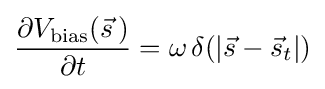
{\frac {\partial V_{\text{bias}}({\vec {s}}\,)}{\partial t}}=\omega \,\delta (|{\vec {s}}-{\vec {s}}_{t}|)